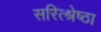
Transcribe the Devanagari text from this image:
सरित्श्रेष्ठा